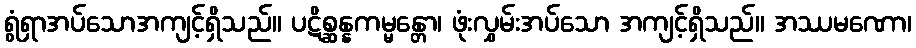
ရွံရှာအပ်သောအကျင့်ရှိသည်။ ပဋိစ္ဆန္နကမ္မန္တော၊ ဖုံးလွှမ်းအပ်သော အကျင့်ရှိသည်။ အဿမဏော၊